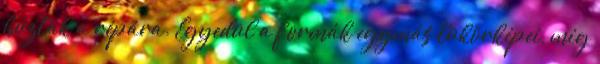
húztak a répára. Egyedül a formák egymás tükörképei, míg